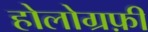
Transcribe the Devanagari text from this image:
होलोग्रफ़ी